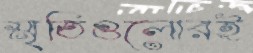
স্মৃতিগুলোরই